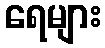
ရေများ